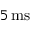
5 \, \mathrm { m s }